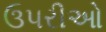
ઉપરીઓ